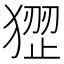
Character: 𤠏